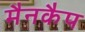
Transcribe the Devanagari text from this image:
मैनकैप